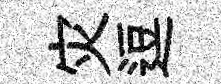
灾逗